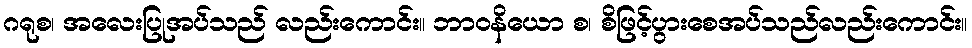
ဂရုစ၊ အလေးပြုအပ်သည် လည်းကောင်း။ ဘာဝနိယော စ၊ စိဖြင့်ပွားစေအပ်သည်လည်းကောင်း။